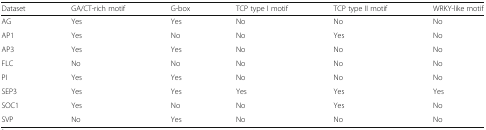
<table><thead><tr><td><b>Dataset</b></td><td><b>GA/CT-rich motif</b></td><td><b>G-box</b></td><td><b>TCP type I motif</b></td><td><b>TCP type II motif</b></td><td><b>WRKY-like motif</b></td></tr></thead><tbody><tr><td>AG</td><td>Yes</td><td>Yes</td><td>No</td><td>No</td><td>No</td></tr><tr><td>AP1</td><td>Yes</td><td>No</td><td>No</td><td>Yes</td><td>No</td></tr><tr><td>AP3</td><td>Yes</td><td>Yes</td><td>No</td><td>No</td><td>No</td></tr><tr><td>FLC</td><td>No</td><td>No</td><td>No</td><td>No</td><td>No</td></tr><tr><td>PI</td><td>Yes</td><td>Yes</td><td>No</td><td>No</td><td>No</td></tr><tr><td>SEP3</td><td>Yes</td><td>Yes</td><td>Yes</td><td>Yes</td><td>Yes</td></tr><tr><td>SOC1</td><td>Yes</td><td>No</td><td>No</td><td>Yes</td><td>No</td></tr><tr><td>SVP</td><td>No</td><td>Yes</td><td>No</td><td>No</td><td>No</td></tr></tbody></table>